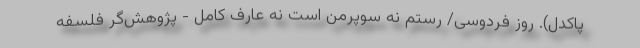
پاکدل). روز فردوسی/ رستم نه سوپرمن است نه عارف کامل - پژوهش‌گر فلسفه